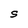
Character: S